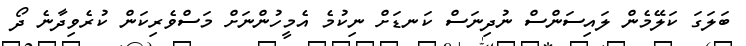
ބަލަގަ ކަލޭމެން ލައިސަންސް ނުދިނަސް ކަނޑަށް ނިކުމެ އެމީހުންނަށް މަސްވެރިކަން ކުރެވިދާނެ ދޯ